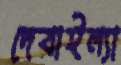
দেবাইল্যা